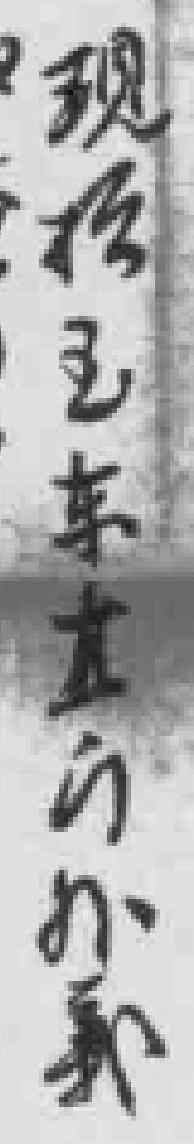
现后王来直的か系